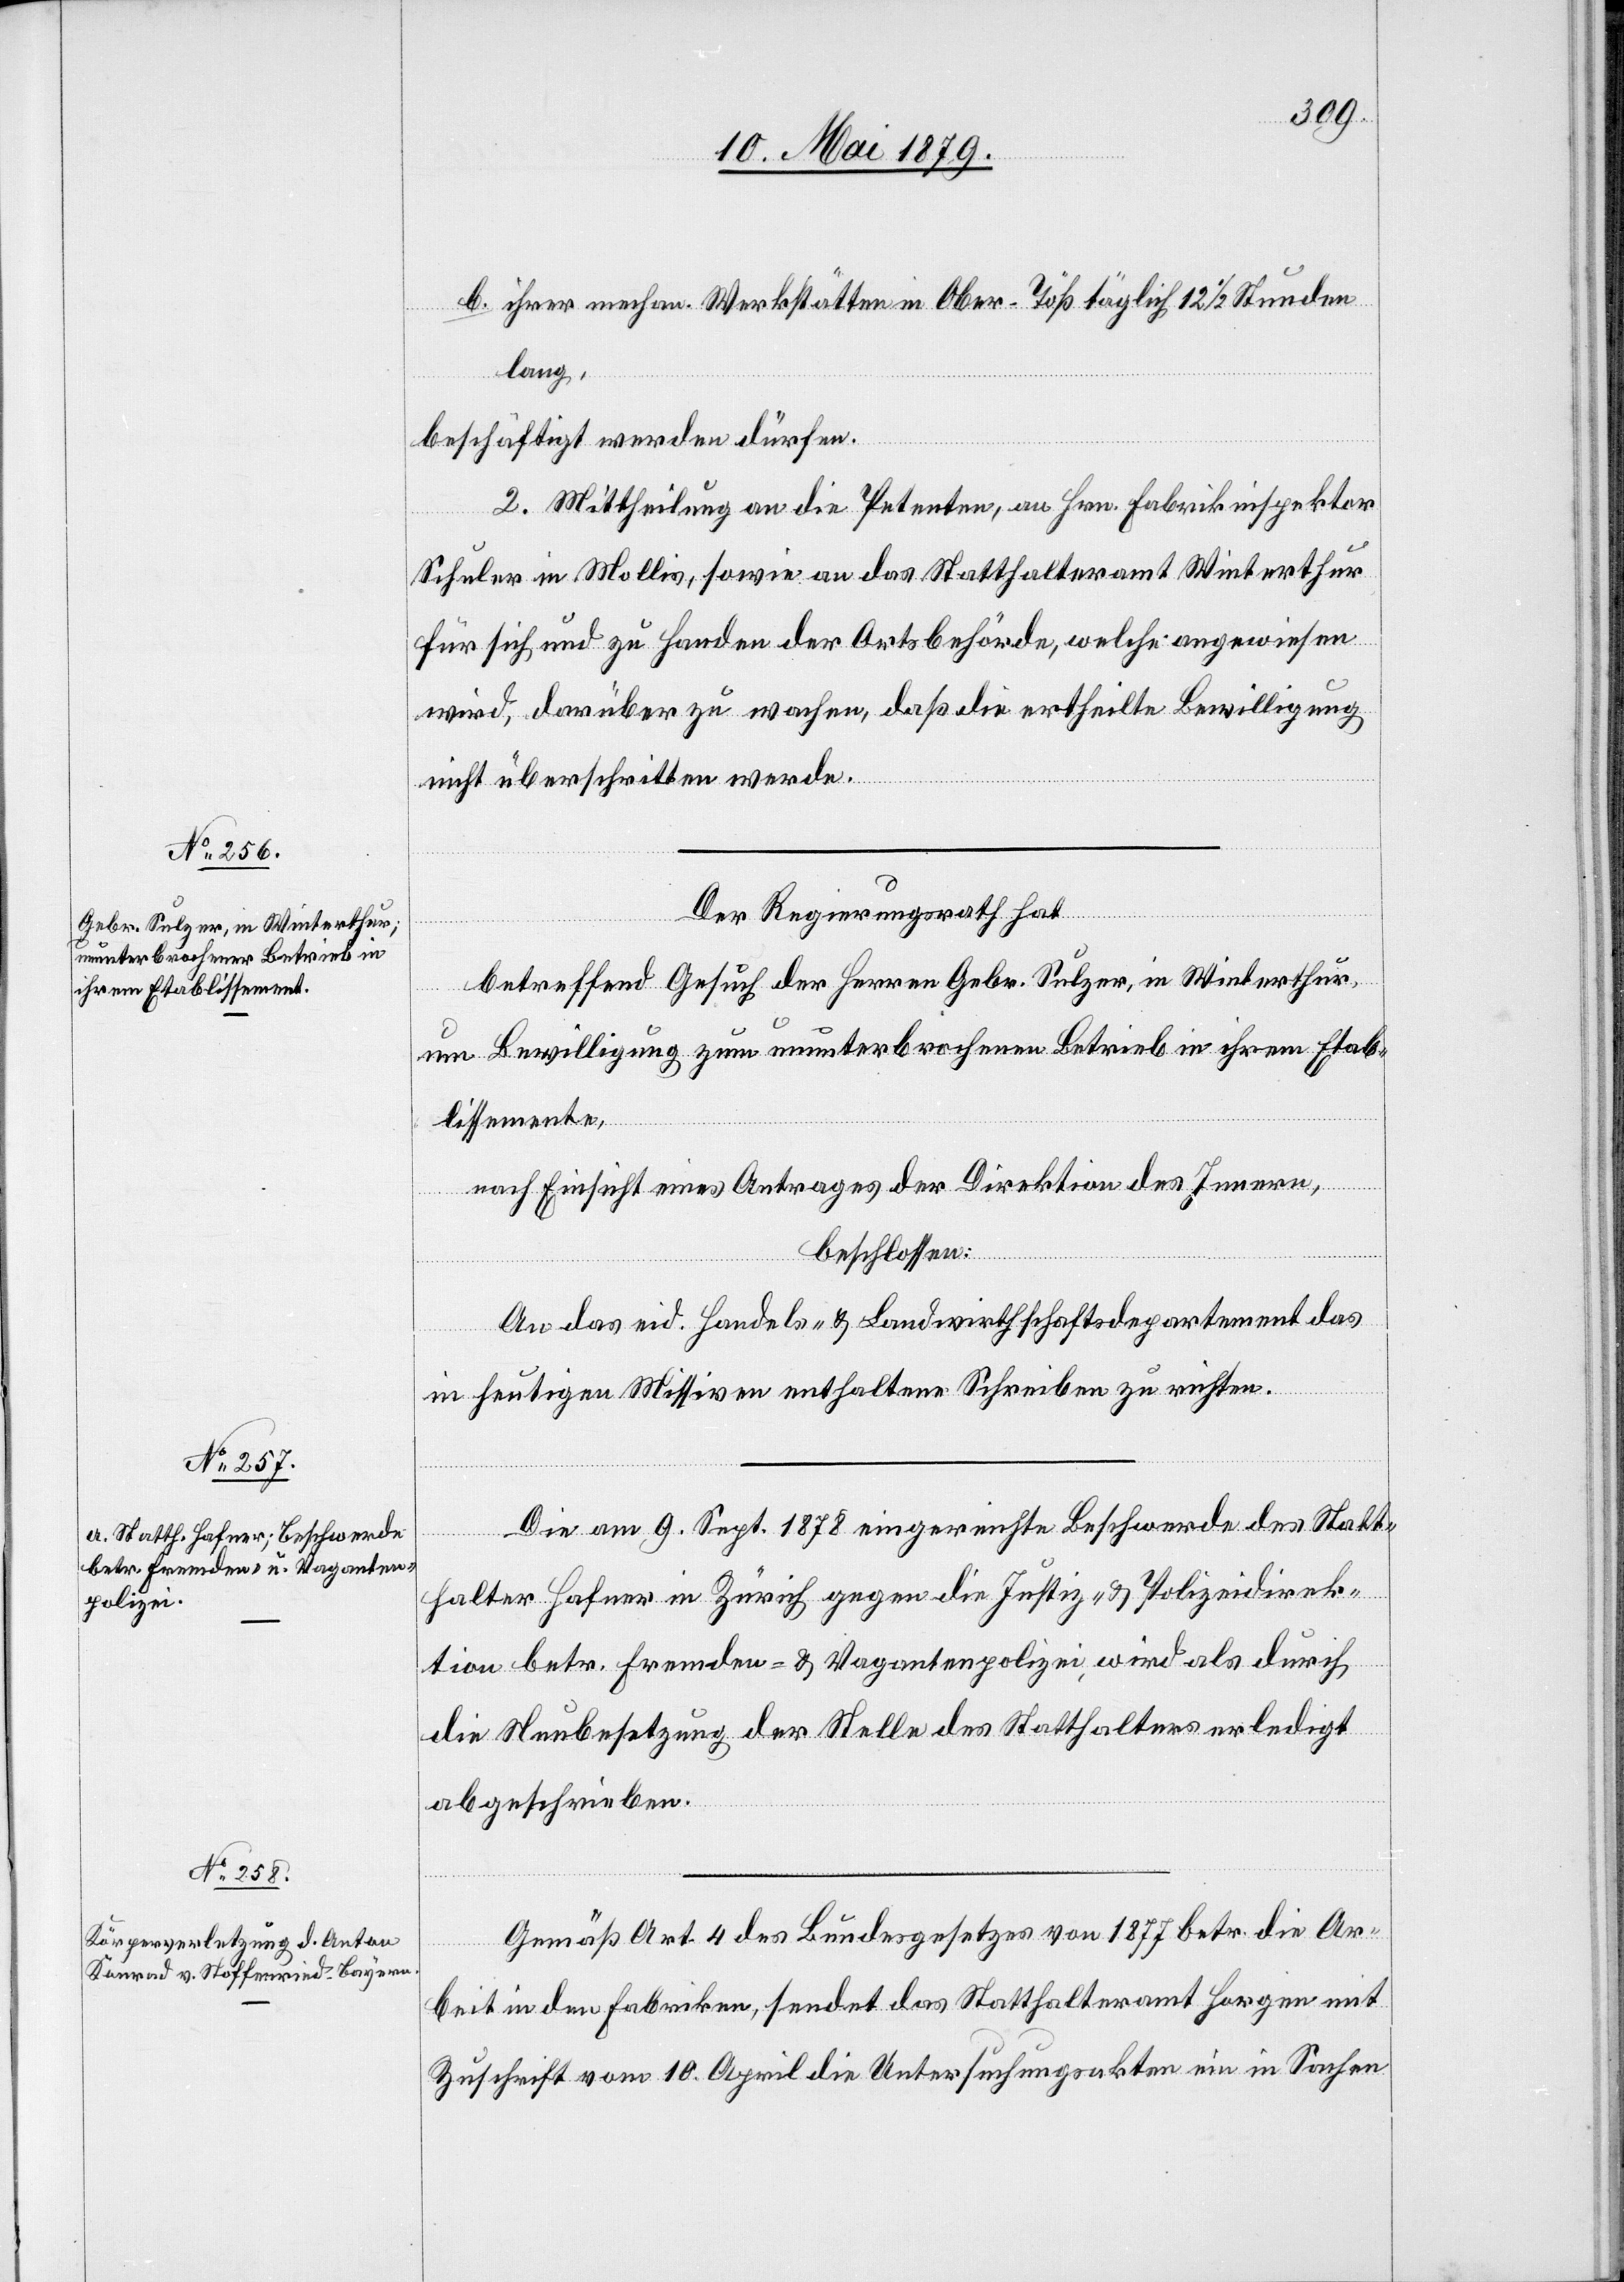
b. ihrer mechan. Werkstätten in Ober-Töß täglich 12 1/2 Stunden
lang,
beschäftigt werden dürfen.
2. Mittheilung an die Petenten, an Hrn. Fabrikinspektor
Schuler in Mollis, sowie an das Statthalteramt Winterthur
für sich und zu Handen der Ortsbehörde, welche angewiesen
wird, darüber zu wachen, daß die ertheilte Bewilligung
nicht überschritten werde.
Der Regierungsrath hat
betreffend Gesuch der Herren Gebr. Sulzer, in Winterthur,
um Bewilligung zum ununterbrochenen Betrieb in ihrem Etab¬
lissemente,
nach Einsicht eines Antrages der Direktion des Innern,
beschlossen:
An das eid. Handels- & Landwirthschaftsdepartement das
in heutigen Missiven enthaltene Schreiben zu richten.
Die am 9. Sept. 1878 eingereichte Beschwerde des Statt¬
halter Hafner in Zürich gegen die Justiz- & Polizeidirek¬
tion betr. Fremden- & Vagantenpolizei, wird als durch
die Neubesetzung der Stelle des Statthalters erledigt
abgeschrieben.
Gemäß Art. 4 des Bundesgesetzes von 1877 betr. die Ar¬
beit in den Fabriken, sendet das Statthalteramt Horgen mit
Zuschrift vom 10. April die Untersuchungsakten ein in Sachen